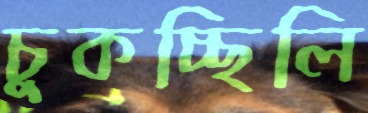
চুকচ্ছিলি